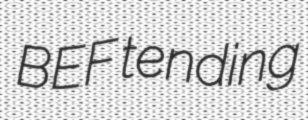
BEF tending